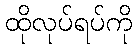
ထိုလုပ်ရပ်ကို